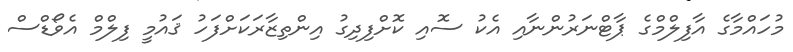
މުހައްމާގެ އާފިލްމްގެ ޕާޓްނަރުންނާއި އެކު ސޮއި ކޮށްފިދިގު އިންތިޒާރަކަށްފަހު ޤައުމީ ފިލްމް އެވޯޑްސް